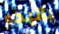
بالبدء